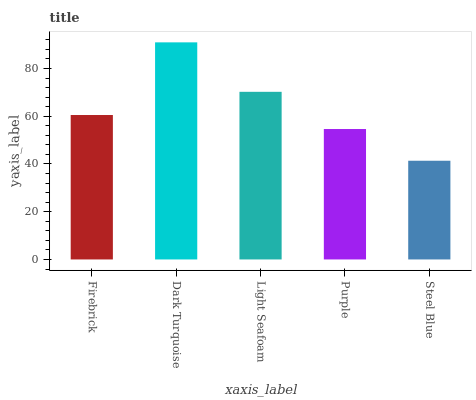
| xaxis_label | bars |
 | --- | --- |
 | Firebrick | 60.5 |
 | Dark Turquoise | 91 |
 | Light Seafoam | 70.2 |
 | Purple | 54.7 |
 | Steel Blue | 41.4 |